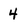
Character: 4